King Institute of Preventive Medicine Micro-Biological Section reports 1912-19
Year: 1912
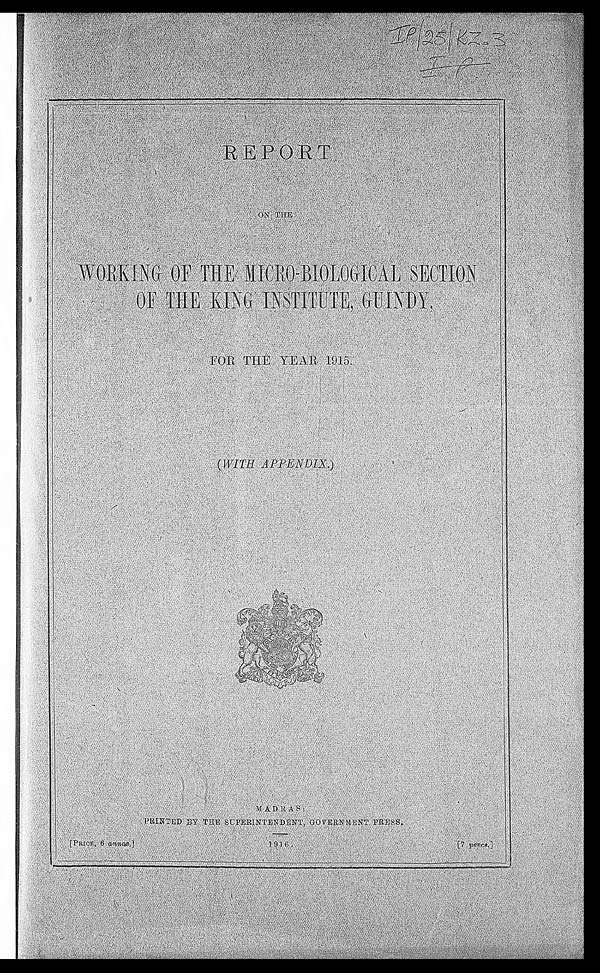
WORKING OF THE MICRO BIOLOGICAL SECTION
OF THE KING INSTITUTE, GUINDY,
FOR THE YEAR 1915.
MADRAS.
PRINTED BY THE SUPERINTENDENT, GOVERNMENT PRESS.
[PRICE, 6 annas] 1916
[7 pence]